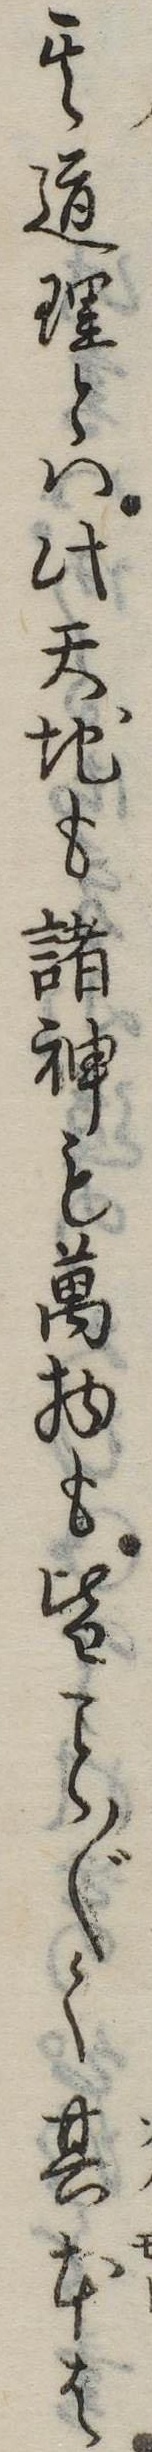
其道理とは此天地も諸神も万物も皆〲く其本は